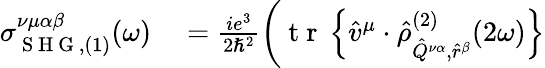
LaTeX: \begin{array}{rl}{\sigma_{\mathrm{~S~H~G~},(1)}^{\nu\mu\alpha\beta}(\omega)}&{{}=\frac{ie^{3}}{2\hslash^{2}}\bigg(\mathrm{~t~r~}\left\{ \hat{v}^{\mu}\cdot\hat{\rho}_{\hat{Q}^{\nu\alpha},\hat{r}^{\beta}}^{(2)}(2\omega)\right\} }\end{array}